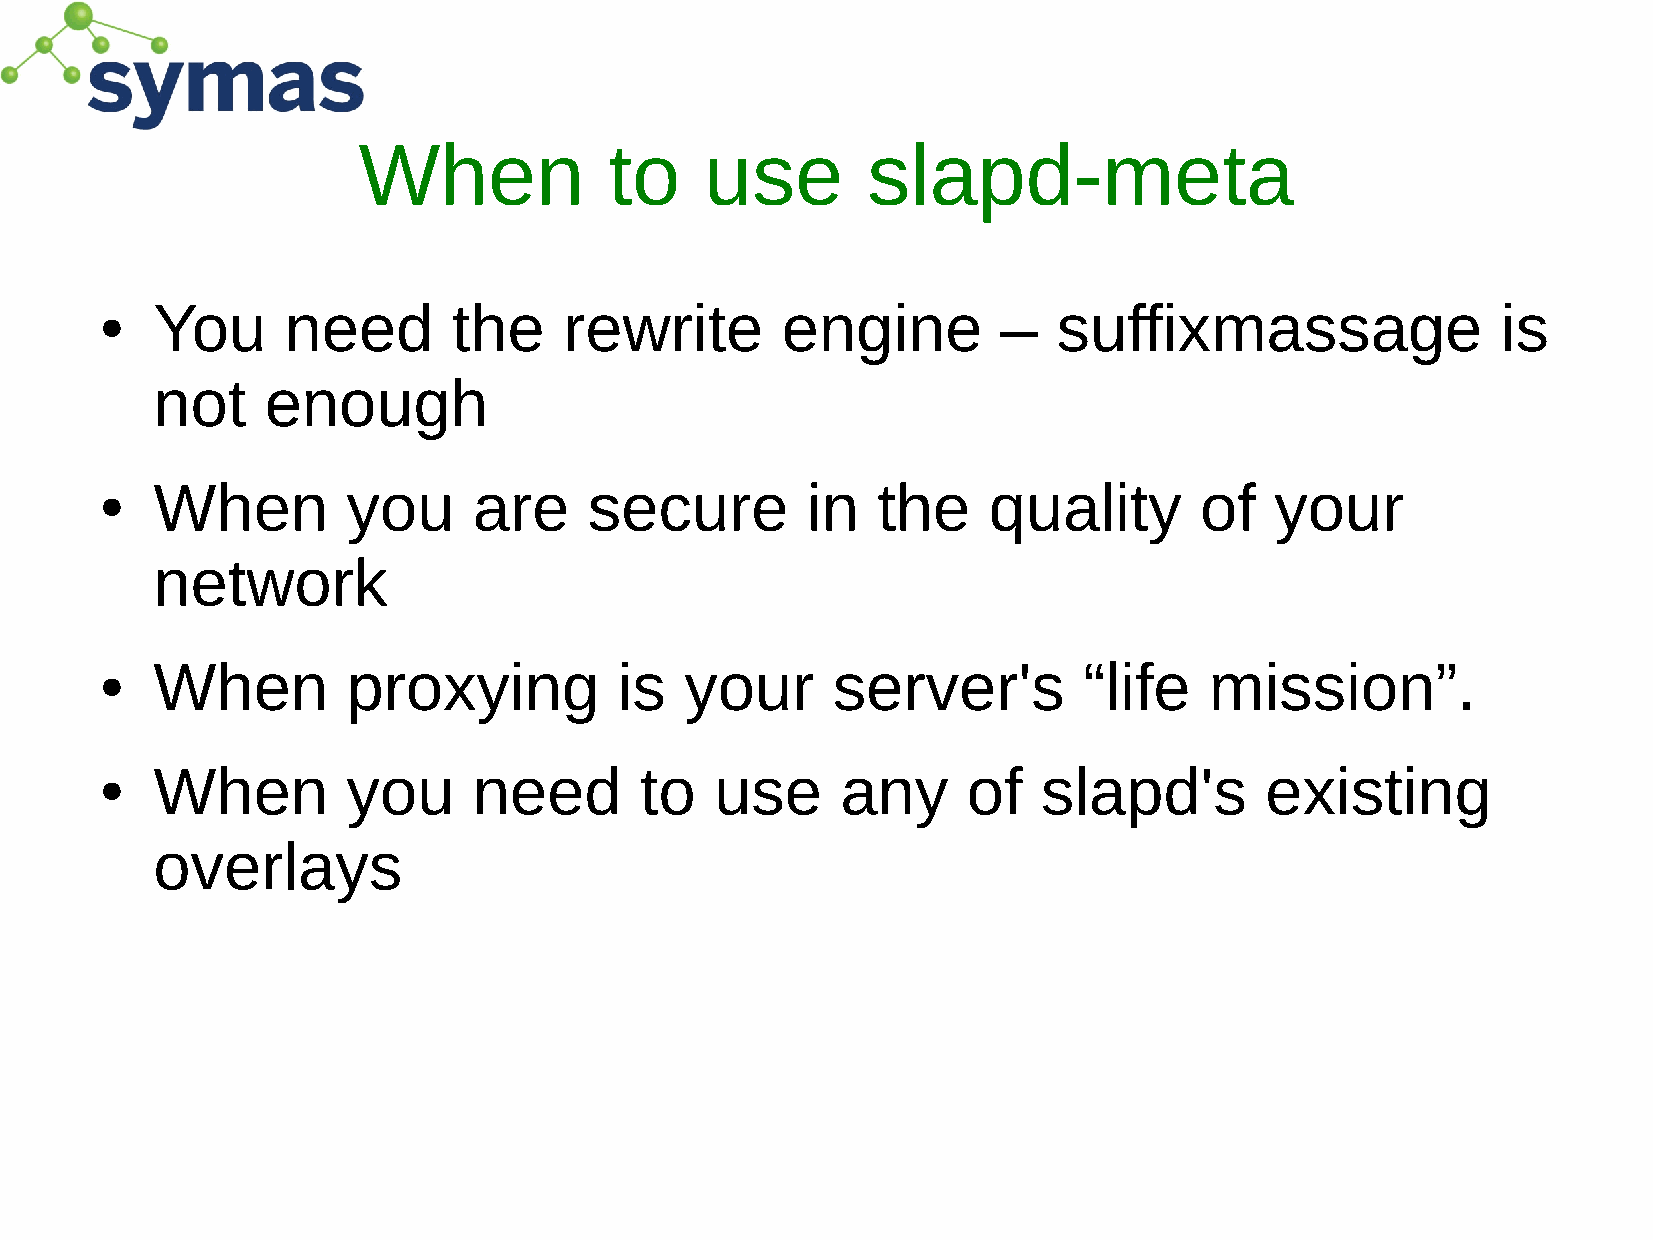
When            to     use       slapd-meta
 You      need       the    rewrite        engine        –   suffixmassage                is
 ●
 not     enough
 When         you     are     secure        in   the    quality       of   your
 ●
 network
 When         proxying          is  your      server's         “life   mission”.
 ●
 When         you     need       to   use      any     of   slapd's        existing
 ●
 overlays